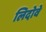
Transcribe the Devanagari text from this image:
लिदोवे